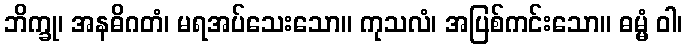
ဘိက္ခု၊ အနဓိဂတံ၊ မရအပ်သေးသော။ ကုသလံ၊ အပြစ်ကင်းသော။ ဓမ္မံ ဝါ၊